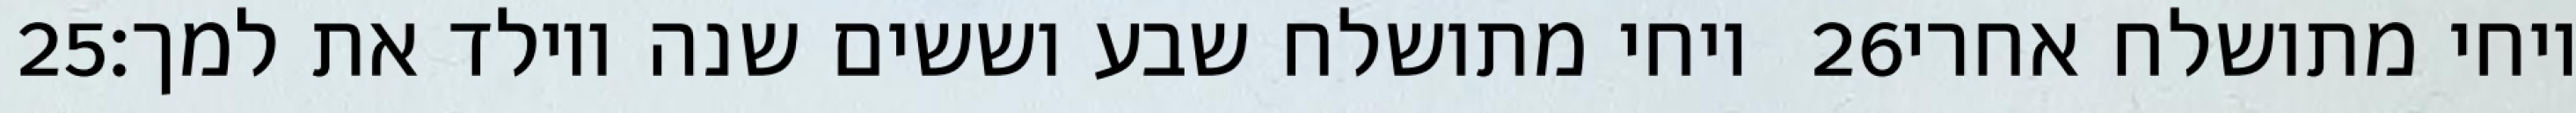
‎25‏ ויחי מתושלח שבע וששים שנה ויולד את למך׃ ‎26‏ ויחי מתושלח אחרי